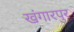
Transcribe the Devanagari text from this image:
खंगारपुर